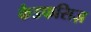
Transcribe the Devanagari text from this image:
कैडफसिज़